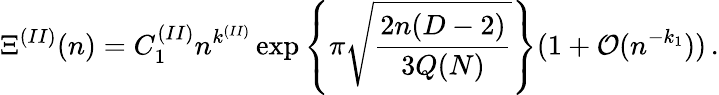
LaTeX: \Xi^{(II)}(n)=C_{1}^{(II)}n^{k^{(II)}}\exp\left\{ \pi\sqrt{\frac{2n(D-2)}{3Q(N)}}\right\} (1+{\mathcal O}(n^{-k_{1}}))\, \mathrm{.}